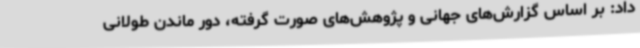
داد: بر اساس گزارش‌های جهانی و پژوهش‌های صورت گرفته، دور ماندن طولانی